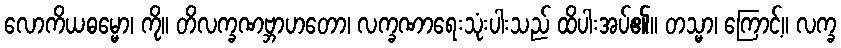
လောကိယဓမ္မော၊ ကို။ တိလက္ခဏဗ္ဘာဟတော၊ လက္ခဏာရေးသုံးပါးသည် ထိပါးအပ်၏။ တသ္မာ၊ ကြောင့်။ လက္ခ